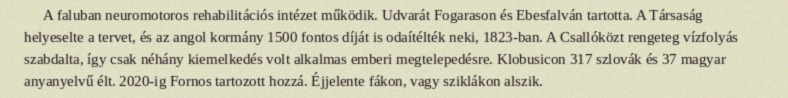
A faluban neuromotoros rehabilitációs intézet működik. Udvarát Fogarason és Ebesfalván tartotta. A Társaság helyeselte a tervet, és az angol kormány 1500 fontos díját is odaítélték neki, 1823-ban. A Csallóközt rengeteg vízfolyás szabdalta, így csak néhány kiemelkedés volt alkalmas emberi megtelepedésre. Klobusicon 317 szlovák és 37 magyar anyanyelvű élt. 2020-ig Fornos tartozott hozzá. Éjjelente fákon, vagy sziklákon alszik.